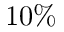
1 0 \%